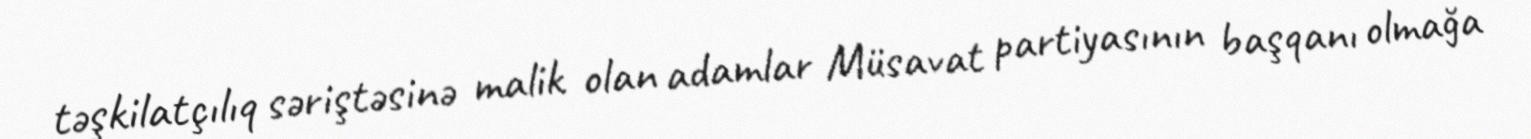
təşkilatçılıq səriştəsinə malik olan adamlar Müsavat partiyasının başqanı olmağa